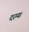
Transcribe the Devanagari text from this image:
दरम्यां